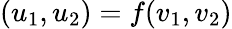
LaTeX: (u_{1},u_{2})=f(v_{1},v_{2})